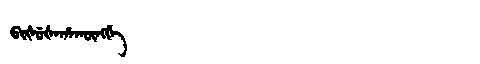
Manchu: ᠪᡳᡧᡠᡧᠠᡥᠠᡴᡡᠩᡤᡝ
Romanization: BIŠUŠAHAKŪNGGE